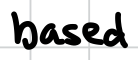
Text: based
Cross-out: clean
Writing tool: digital_black